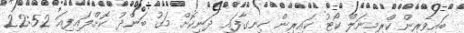
ބައިވެރިން ކްރިމިނަލް ކޯޓު ކައިރިން ހިނގާފައި ދަނިކޮށް މަގު ބަންދު ކޮށްލައިފިއަ 22:52